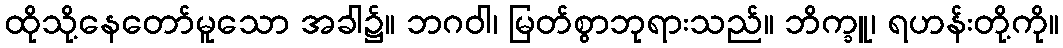
ထိုသို့နေတော်မူသော အခါ၌။ ဘဂဝါ၊ မြတ်စွာဘုရားသည်။ ဘိက္ခူ၊ ရဟန်းတို့ကို။